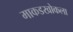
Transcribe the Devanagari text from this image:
माकडखोकला